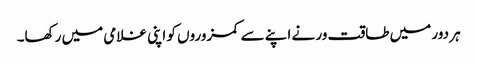
ہر دور میں طاقت ور نے اپنے سے کمزوروں کو اپنی غلامی میں رکھا۔